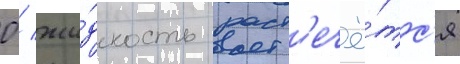
0 / жи́дкость раст'ечё́тс'я